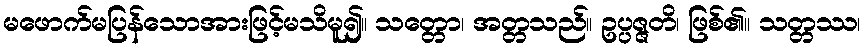
မဖောက်မပြန်သောအားဖြင့်မသိမူ၍။ သတ္တော၊ အတ္တသည်။ ဥပ္ပဇ္ဇတိ၊ ဖြစ်၏။ သတ္တဿ၊